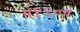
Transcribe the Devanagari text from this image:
॥१९०॥